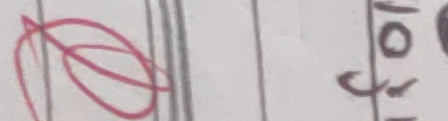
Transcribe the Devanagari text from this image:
जोरू